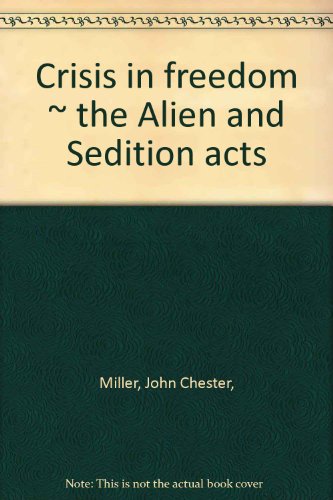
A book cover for Crisis in Freedom: The Alien and Sedition Acts; John Chester Miller; Law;